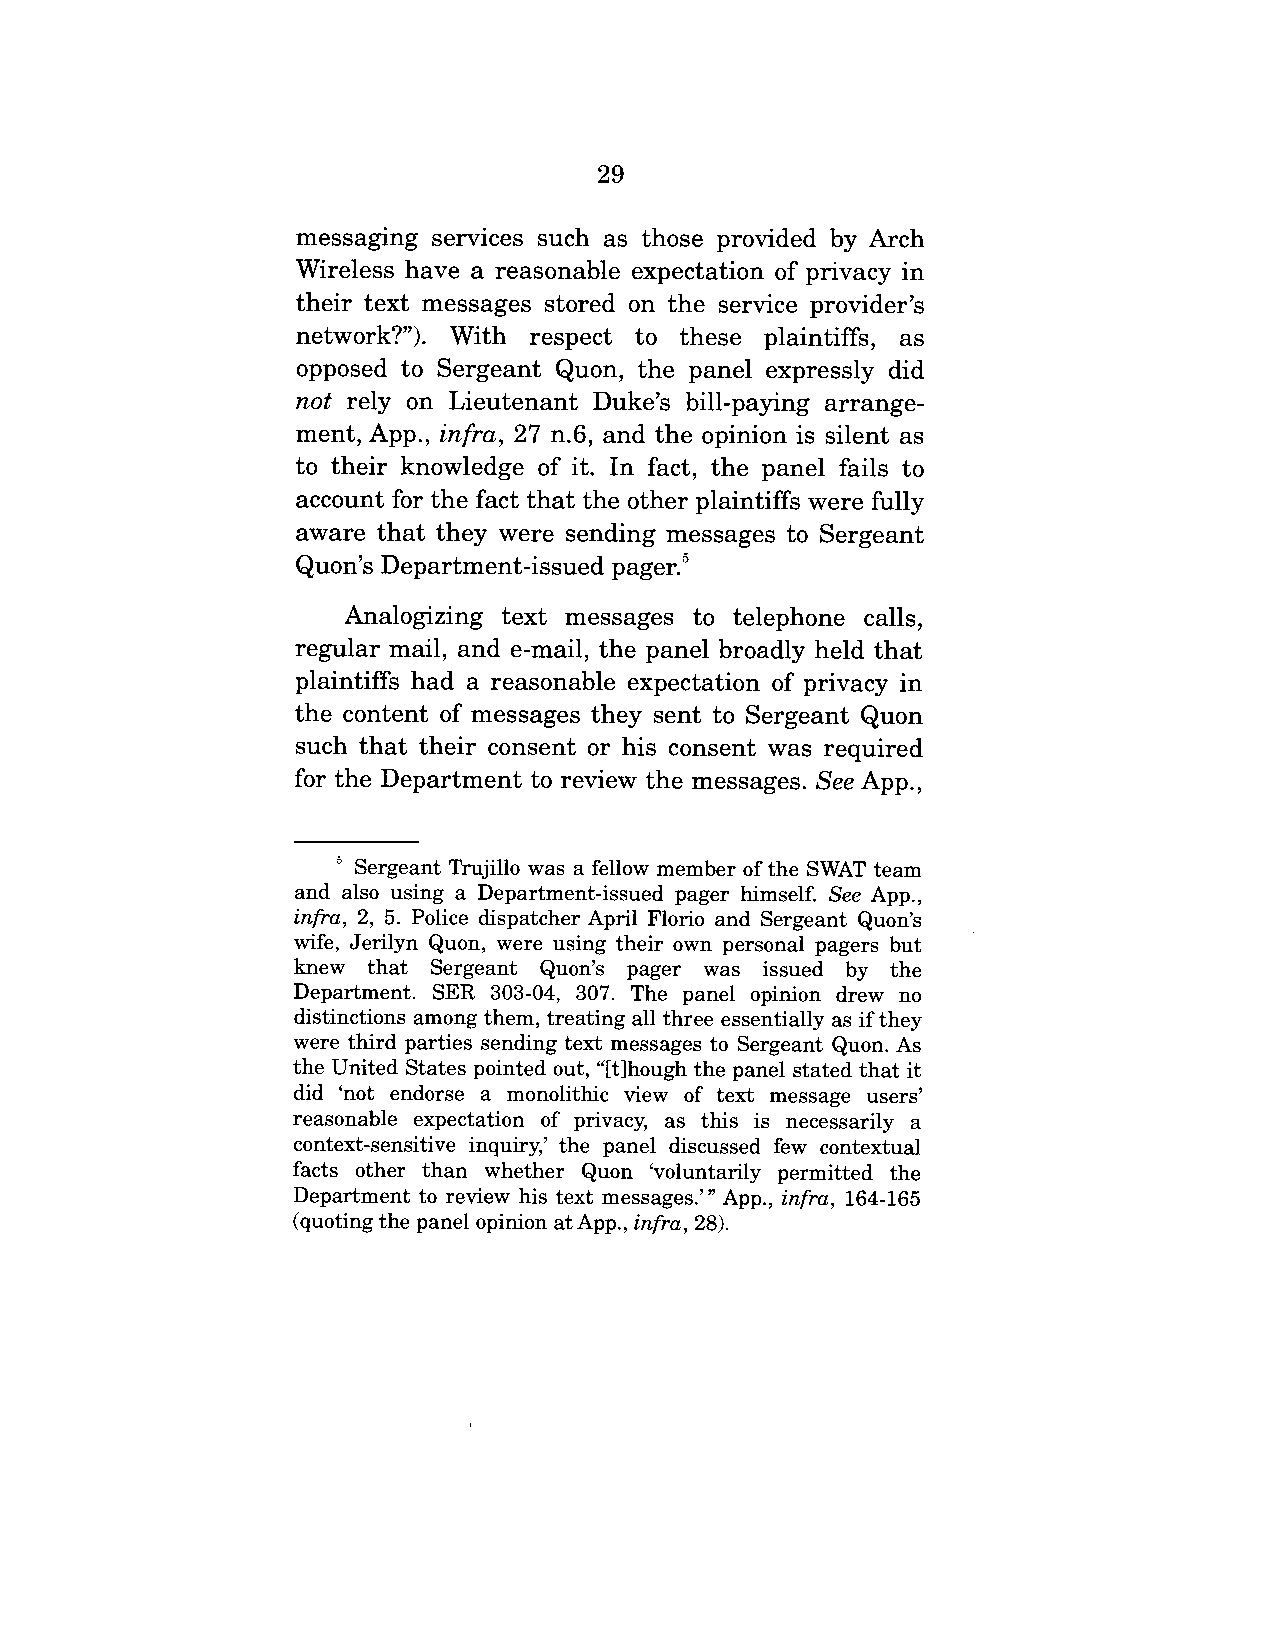
29
 messaging services such as those provided by Arch
 Wireless have a reasonable expectation of privacy in
 their text messages stored on the service provider’s
 network?"). With respect to these plaintiffs, as
 opposed to Sergeant Quon, the panel expressly did
 not rely on Lieutenant Duke’s bill-paying arrange-
 ment, App., infra, 27 n.6, and the opinion is silent as
 to their knowledge of it. In fact, the panel fails to
 account for the fact that the other plaintiffs were fully
 aware that they were sending messages to Sergeant
 Quon’s Department-issued pager.5
 Analogizing text messages to telephone calls,
 regular mail, and e-mail, the panel broadly held that
 plaintiffs had a reasonable expectation of privacy in
 the content of messages they sent to Sergeant Quon
 such that their consent or his consent was required
 for the Department to review the messages. See App.,
 ~ Sergeant Trujillo was a fellow member of the SWAT team
 and also using a Department-issued pager himself. See App.,
 infra, 2, 5. Police dispatcher April Florio and Sergeant Quon’s
 wife, Jerilyn Quon, were using their own personal pagers but
 knew  that Sergeant Quon’s pager was issued by the
 Department. SER 303-04, 307. The panel opinion drew no
 distinctions among them, treating all three essentially as if they
 were third parties sending text messages to Sergeant Quon. As
 the United States pointed out, "[t]hough the panel stated that it
 did ’not endorse a monolithic view of text message users’
 reasonable expectation of privacy, as this is necessarily a
 context-sensitive inquiry,’ the panel discussed few contextual
 facts other than whether Quon ’voluntarily permitted the
 Department to review his text messages.’" App., infra, 164-165
 (quoting the panel opinion at App., infra, 28).